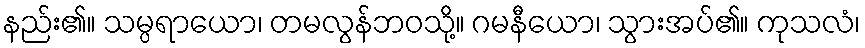
နည်း၏။ သမ္ပရာယော၊ တမလွန်ဘဝသို့။ ဂမနီယော၊ သွားအပ်၏။ ကုသလံ၊